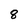
Character: 8